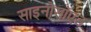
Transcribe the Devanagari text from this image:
साइनोसॉएड